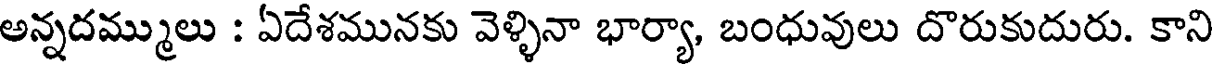
అన్నదమ్ములు : ఏదేశమునకు వెళ్ళినా భార్యా, బంధువులు దొరుకుదురు. కాని